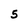
Character: 5